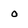
Character: 0